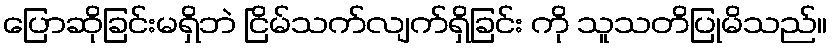
ပြောဆိုခြင်းမရှိဘဲ ငြိမ်သက်လျက်ရှိခြင်း ကို သူသတိပြုမိသည်။